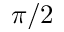
\pi / 2